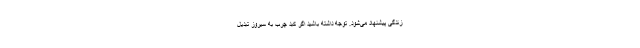
زندگی پیشنهاد می‌شود. توجه داشته باشید اگر کبد چرب به سیروز تبدیل